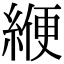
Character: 緶